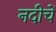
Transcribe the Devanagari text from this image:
नदीचें